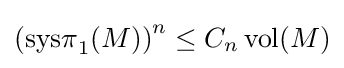
\left(\operatorname {sys\pi } _{1}(M)\right)^{n}\leq C_{n}\operatorname {vol} (M)